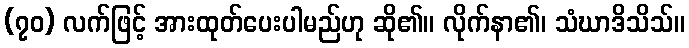
(၇၀) လက်ဖြင့် အားထုတ်ပေးပါမည်ဟု ဆို၏။ လိုက်နာ၏၊ သံဃာဒိသိသ်။